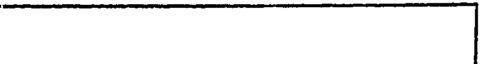
|